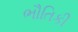
ભૌતિકી